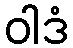
ဝါဒံ